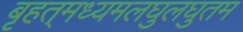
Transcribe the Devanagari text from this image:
बृहत्‌मध्यमलघुलघुतम